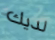
لديك